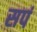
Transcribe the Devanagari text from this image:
सपं